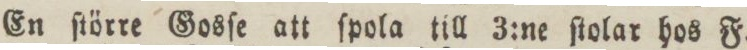
En ſtörre Gosſe att ſpola till 3:ne ſtolar hos F.